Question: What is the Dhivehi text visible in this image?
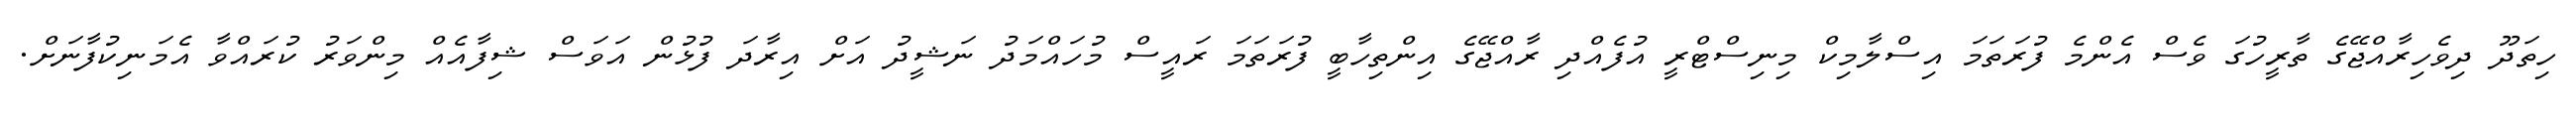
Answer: ހިތަދޫ ދިވެހިރާއްޖޭގެ ތާރީހުގަ ވެސް އެންމެ ފުރަތަމަ އިސްލާމިކް މިނިސްޓްރީ އުފެއްދި ރާއްޖޭގެ އިންތިހާބީ ފުރަތަމަ ރައީސް މުހައްމަދު ނަޝީދު އަށް އިރާދަ ފުޅުން އަވަސް ޝިފާއެއް މިންވަރު ކުރައްވާ އެމަނިކުފާނަށް.